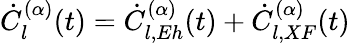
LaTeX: \dot{C}_{l}^{(\alpha)}(t)=\dot{C}_{l,Eh}^{(\alpha)}(t)+\dot{C}_{l,XF}^{(\alpha)}(t)